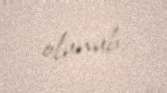
olunub.